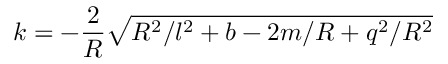
k = - \frac { 2 } { R } \sqrt { R ^ { 2 } / l ^ { 2 } + b - 2 m / R + q ^ { 2 } / R ^ { 2 } }